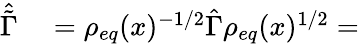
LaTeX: \begin{array}{rl}{\hat{\tilde{\Gamma}}}&{{}=\rho_{eq}(x)^{-1/2}\hat{\Gamma}\rho_{eq}(x)^{1/2}=}\end{array}